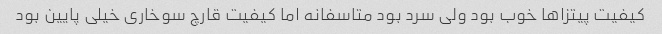
کیفیت پیتزاها خوب بود ولى سرد بود متاسفانه اما کیفیت قارچ سوخارى خیلى پایین بود